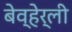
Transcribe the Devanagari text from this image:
बेव्हेर्ली